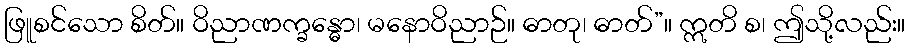
ဖြူစင်သော စိတ်။ ဝိညာဏက္ခန္ဓော၊ မနောဝိညာဉ်။ ဓာတု၊ ဓာတ်”။ ဣတိ စ၊ ဤသို့လည်း။